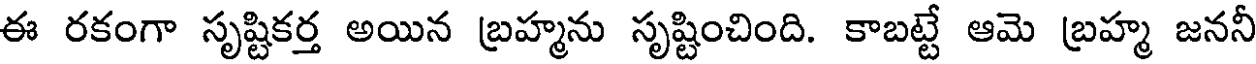
ఈ రకంగా సృష్టికర్త అయిన బ్రహ్మను సృష్టించింది. కాబట్టే ఆమె బ్రహ్మ జననీ